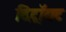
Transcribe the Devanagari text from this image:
दिट्रॉयट